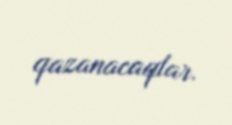
qazanacaqlar.